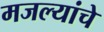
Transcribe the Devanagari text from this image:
मजल्यांचे